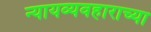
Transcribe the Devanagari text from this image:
न्यायव्यवहाराच्या